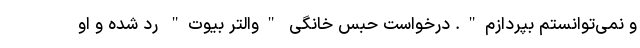
و نمی‌توانستم بپردازم". درخواست حبس خانگی "والتر بیوت" رد شده و او